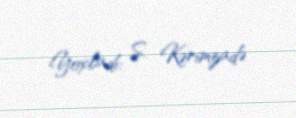
Yoxladı: S. Kərimzadə